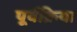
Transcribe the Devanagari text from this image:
पूर्वक्रिया